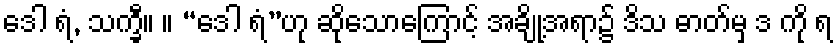
ဒေါ ရံ, သက္ခီ။ ။ “ဒေါ ရံ”ဟု ဆိုသောကြောင့် အချို့အရာ၌ ဒိသ ဓာတ်မှ ဒ ကို ရ